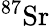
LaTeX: ^{87}\mathrm{Sr}